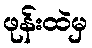
ဖုန်းထဲမှ